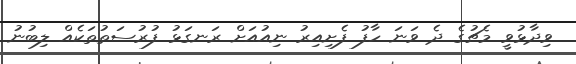
ވިދާޅުވީ މެޗުގެ ދެ ވަނަ ހާފު ފެށިއިރު ނިއުއަށް ރަނގަޅު ފުރުސަތުތަކެއް ލިބުނު